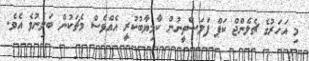
މި އަހަރުގެ ޗެލެންޖް ކަޕް ފަލަސްތީނުން ކާމިޔާބުކުރީ އެއްވެސް މެޗަކުން ބަލިނުވެ އެވެ.